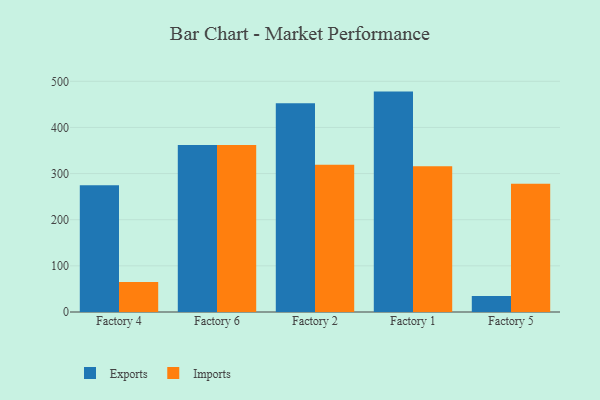
{"axis": {"x": "Factory", "y": "Inventory Turnover"}, "legend": ["Exports", "Imports"], "data": [{"x": "Factory 4", "y": 274.5, "type": "Exports"}, {"x": "Factory 4", "y": 64.9, "type": "Imports"}, {"x": "Factory 6", "y": 362.1, "type": "Exports"}, {"x": "Factory 6", "y": 361.9, "type": "Imports"}, {"x": "Factory 2", "y": 452.2, "type": "Exports"}, {"x": "Factory 2", "y": 319.2, "type": "Imports"}, {"x": "Factory 1", "y": 477.7, "type": "Exports"}, {"x": "Factory 1", "y": 316.0, "type": "Imports"}, {"x": "Factory 5", "y": 34.8, "type": "Exports"}, {"x": "Factory 5", "y": 278.1, "type": "Imports"}]}